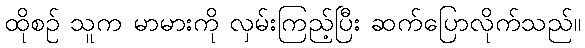
ထိုစဉ် သူက မာမားကို လှမ်းကြည့်ပြီး ဆက်ပြောလိုက်သည်။